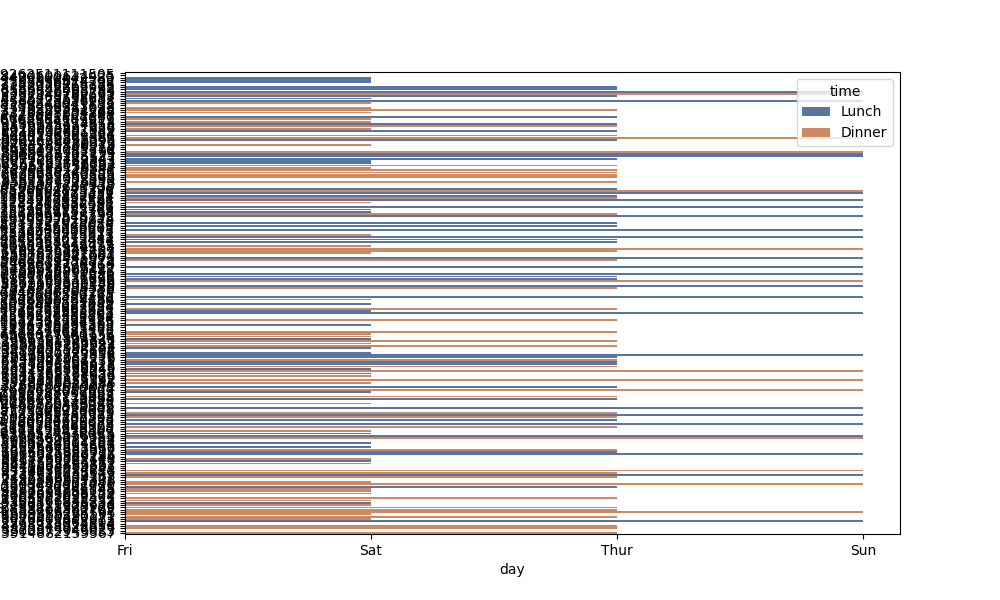
python, seaborn, barplot, hue='time', palette='deep', ci=95, orient='h'